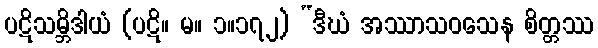
ပဋိသမ္ဘိဒါယံ (ပဋိ။ မ။ ၁။၁၇၂) “ဒီဃံ အဿာသဝသေန စိတ္တဿ